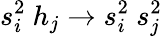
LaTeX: s_{i}^{2}\ h_{j}\to s_{i}^{2}\ s_{j}^{2}